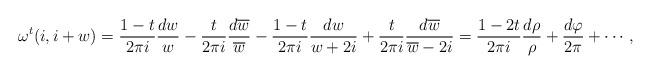
LaTeX: \begin{align*}\omega^t(i,i+w)=\frac{1-t}{2\pi i}\frac{dw}w-\frac{t}{2\pi i}\frac{d\overline w}{\overline w}-\frac{1-t}{2\pi i}\frac{dw}{w+2i}+\frac{t}{2\pi i}\frac{d\overline w}{\overline w-2i}=\frac{1-2t}{2\pi i}\frac{d\rho}\rho+\frac{d\varphi}{2\pi}+\cdots,\end{align*}